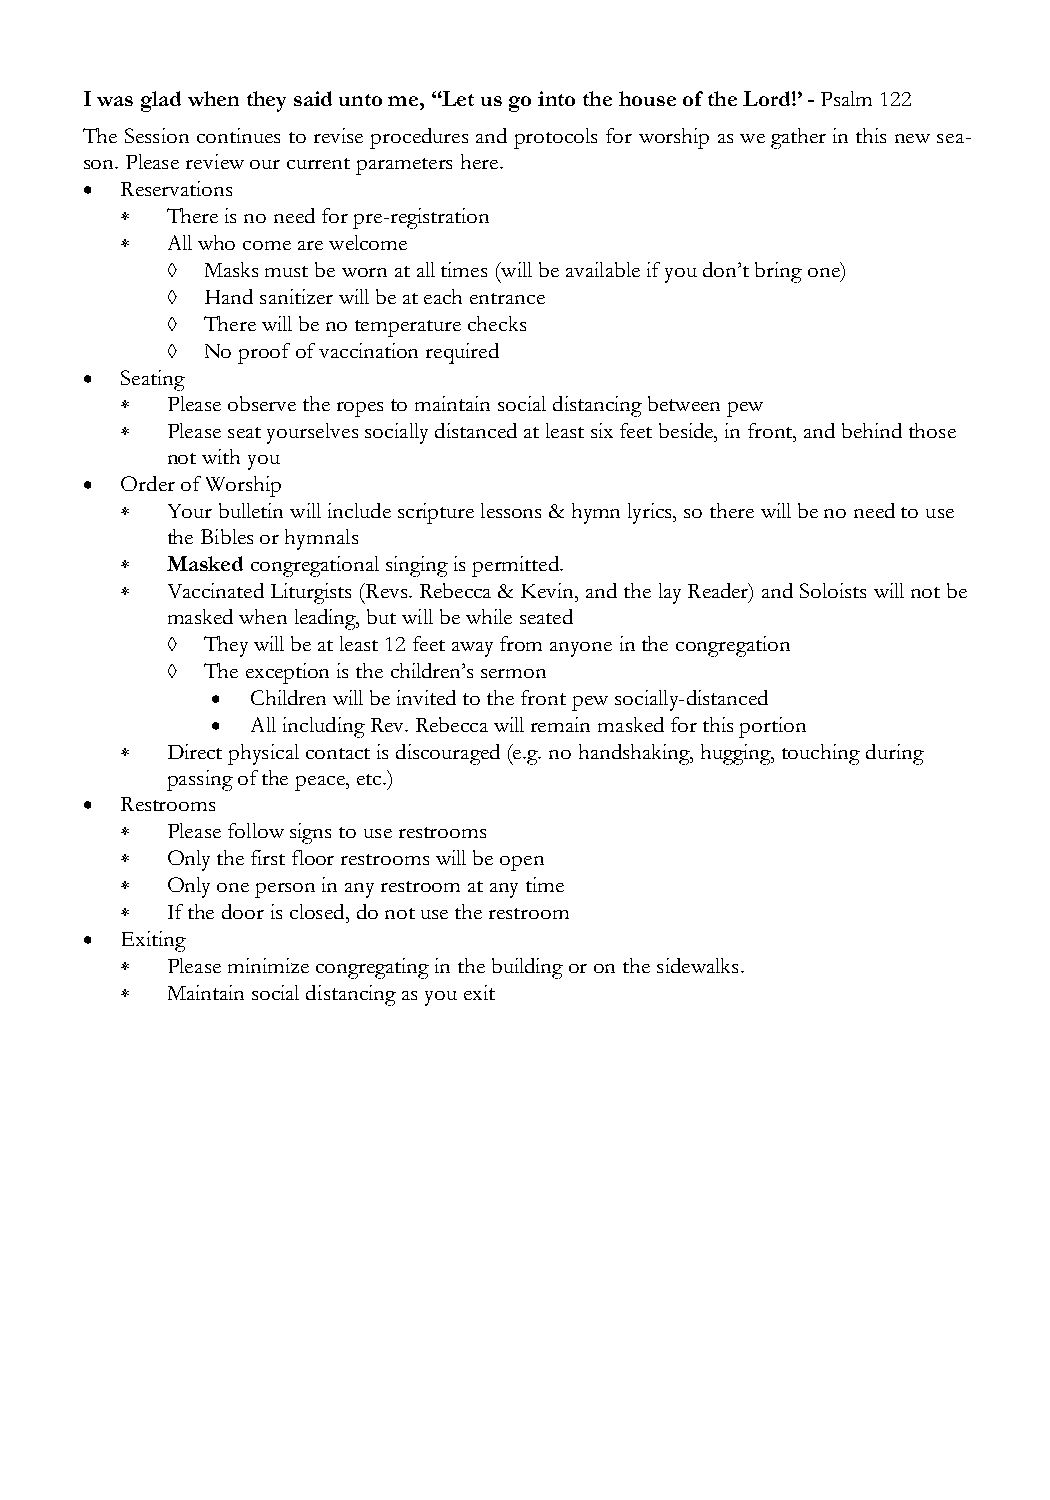
I was glad when they said unto me, “Let us go into the house of the Lord!’ - Psalm 122
 The Session continues to revise procedures and protocols for worship as we gather in this new sea-
 son. Please review our current parameters here.
   Reservations
   There is no need for pre-registration
   All who come are welcome
  Masks must be worn at all times (will be available if you don’t bring one)
  Hand sanitizer will be at each entrance
  There will be no temperature checks
  No proof of vaccination required
   Seating
   Please observe the ropes to maintain social distancing between pew
   Please seat yourselves socially distanced at least six feet beside, in front, and behind those
 not with you
   Order of Worship
   Your bulletin will include scripture lessons & hymn lyrics, so there will be no need to use
 the Bibles or hymnals
   Masked congregational singing is permitted.
   Vaccinated Liturgists (Revs. Rebecca & Kevin, and the lay Reader) and Soloists will not be
 masked when leading, but will be while seated
  They will be at least 12 feet away from anyone in the congregation
  The exception is the children’s sermon
   Children will be invited to the front pew socially-distanced
   All including Rev. Rebecca will remain masked for this portion
   Direct physical contact is discouraged (e.g. no handshaking, hugging, touching during
 passing of the peace, etc.)
   Restrooms
   Please follow signs to use restrooms
   Only the first floor restrooms will be open
   Only one person in any restroom at any time
   If the door is closed, do not use the restroom
   Exiting
   Please minimize congregating in the building or on the sidewalks.
   Maintain social distancing as you exit